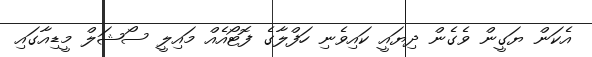
އެކަން ޔަގީން ވެގެން ދިޔައީ ކައިވެނި ހަފްލާގެ ފޮޓޯއެއް މައިލީ ސޯޝަލް މީޑިއާގައި